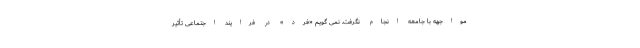
مواجهه با جامعه انجام نگرفت. نمی گویم «فرد» در فرایند اجتماعی تأثیر